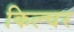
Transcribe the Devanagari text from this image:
किल्चर